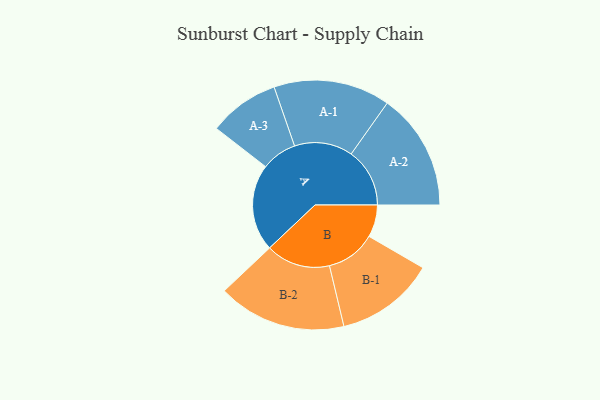
{"axis": {"x": "Segment", "y": "Value"}, "legend": ["", "A", "B"], "data": [{"x": "A", "y": 334, "type": ""}, {"x": "B", "y": 124, "type": ""}, {"x": "A-1", "y": 224, "type": "A"}, {"x": "A-2", "y": 225, "type": "A"}, {"x": "A-3", "y": 136, "type": "A"}, {"x": "B-1", "y": 191, "type": "B"}, {"x": "B-2", "y": 247, "type": "B"}]}